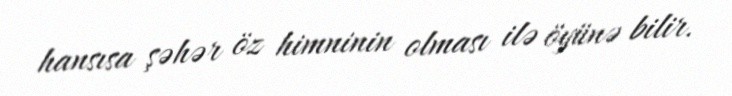
hansısa şəhər öz himninin olması ilə öyünə bilir.